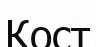
Кост